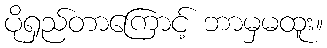
ပိုရှည်တာကြောင့် ဘာမှမထူး။